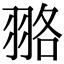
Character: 𦐦